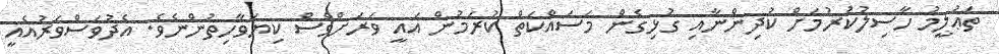
ތަޢުލީމު ހާސިލުކުރުމަށް ކުދިންނާއި ގުޅިގެން މަސައްކަތް ކުރަމުން އައީ ވަރަށްވެސް ކިޔަވާހިތުންނެވެ. އެދުވަސްވަރުއެއީ